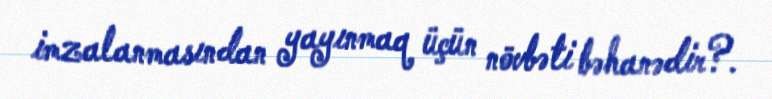
imzalanmasından yayınmaq üçün növbəti bəhanədir?.